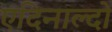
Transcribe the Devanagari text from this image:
एदिनाल्दो